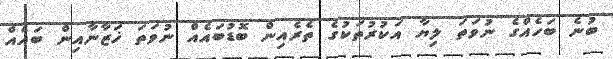
ބުނެ ބަހެއްގެ ނުވަތަ ލިޔާ އަކުރުތަކުގެ ތެރެއިން ބޮޑުބައެއް ނުވަތަ ޚަޒާނާއިން ބައެއް